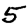
Digit: 5